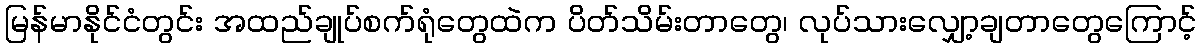
မြန်မာနိုင်ငံတွင်း အထည်ချုပ်စက်ရုံတွေထဲက ပိတ်သိမ်းတာတွေ၊ လုပ်သားလျှော့ချတာတွေကြောင့်